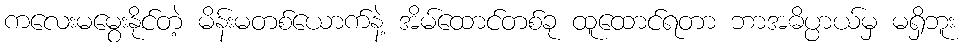
ကလေးမမွေးနိုင်တဲ့ မိန်းမတစ်ယောက်နဲ့ အိမ်ထောင်တစ်ခု ထူထောင်ရတာ ဘာအဓိပ္ပာယ်မှ မရှိဘူး